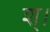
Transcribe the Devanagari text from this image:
श्।